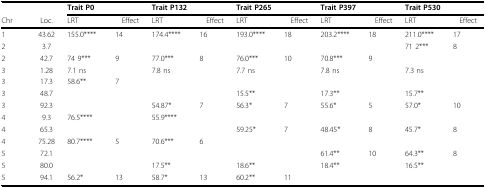
<table><thead><tr><td></td><td></td><td colspan="2"><b>Trait P0</b></td><td colspan="2"><b>Trait P132</b></td><td colspan="2"><b>Trait P265</b></td><td colspan="2"><b>Trait P397</b></td><td colspan="2"><b>Trait P530</b></td></tr><tr><td><b>Chr</b></td><td><b>Loc.</b></td><td><b>LRT</b></td><td><b>Effect</b></td><td><b>LRT</b></td><td><b>Effect</b></td><td><b>LRT</b></td><td><b>Effect</b></td><td><b>LRT</b></td><td><b>Effect</b></td><td><b>LRT</b></td><td><b>Effect</b></td></tr></thead><tbody><tr><td>1</td><td>43.62</td><td>155.0****</td><td>14</td><td>174.4****</td><td>16</td><td>193.0****</td><td>18</td><td>203.2****</td><td>18</td><td>211.0****</td><td>17</td></tr><tr><td>2</td><td>3.7</td><td></td><td></td><td></td><td></td><td></td><td></td><td></td><td></td><td>71 2***</td><td>8</td></tr><tr><td>2</td><td>42.7</td><td>74 9***</td><td>9</td><td>77.0***</td><td>8</td><td>76.0***</td><td>10</td><td>70.8***</td><td>9</td><td></td><td></td></tr><tr><td>3</td><td>1.28</td><td>7.1 ns</td><td></td><td>7.8 ns</td><td></td><td>7.7 ns</td><td></td><td>7.8 ns</td><td></td><td>7.3 ns</td><td></td></tr><tr><td>3</td><td>17.3</td><td>58.6**</td><td>7</td><td></td><td></td><td></td><td></td><td></td><td></td><td></td><td></td></tr><tr><td>3</td><td>48.7</td><td></td><td></td><td></td><td></td><td>15.5**</td><td></td><td>17.3**</td><td></td><td>15.7**</td><td></td></tr><tr><td>3</td><td>92.3</td><td></td><td></td><td>54.87*</td><td>7</td><td>56.3*</td><td>7</td><td>55.6*</td><td>5</td><td>57.0*</td><td>10</td></tr><tr><td>4</td><td>9.3</td><td>76.5****</td><td></td><td>55.9****</td><td></td><td></td><td></td><td></td><td></td><td></td><td></td></tr><tr><td>4</td><td>65.3</td><td></td><td></td><td></td><td></td><td>59.25*</td><td>7</td><td>48.45*</td><td>8</td><td>45.7*</td><td>8</td></tr><tr><td>4</td><td>75.28</td><td>80.7****</td><td>5</td><td>70.6***</td><td>6</td><td></td><td></td><td></td><td></td><td></td><td></td></tr><tr><td>5</td><td>72.1</td><td></td><td></td><td></td><td></td><td></td><td></td><td>61.4**</td><td>10</td><td>64.3**</td><td>8</td></tr><tr><td>5</td><td>80.0</td><td></td><td></td><td>17.5**</td><td></td><td>18.6**</td><td></td><td>18.4**</td><td></td><td>16.5**</td><td></td></tr><tr><td>5</td><td>94.1</td><td>56.2*</td><td>13</td><td>58.7*</td><td>13</td><td>60.2**</td><td>11</td><td></td><td></td><td></td><td></td></tr></tbody></table>